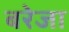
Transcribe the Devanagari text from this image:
बरेजा